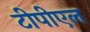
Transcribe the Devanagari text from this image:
टीपीएल